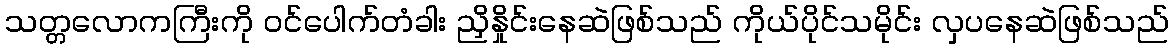
သတ္တလောကကြီးကို ဝင်ပေါက်တံခါး ညှိနှိုင်းနေဆဲဖြစ်သည် ကိုယ်ပိုင်သမိုင်း လှပနေဆဲဖြစ်သည်